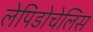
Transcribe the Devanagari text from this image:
लेपिडोचेलिस